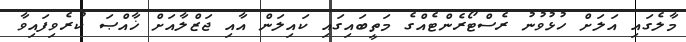
މާލެގައި އަލަށް ހުޅުވުނު ރެސްޓޯރެންޓެއްގެ މަތީބައިގައި ކައިލަން އާއި ޖަޒްލާއަށް ޚާއްޞަ ކުރެވިފައިވާ